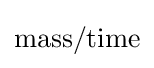
{\text{mass}}/{\text{time}}